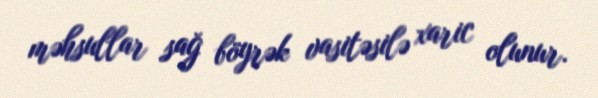
məhsullar sağ böyrək vasitəsilə xaric olunur.